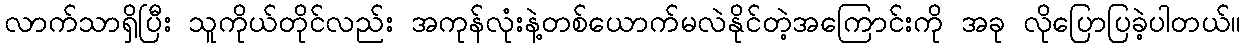
လာက်သာရှိပြီး သူကိုယ်တိုင်လည်း အကုန်လုံးနဲ့တစ်ယောက်မလဲနိုင်တဲ့အကြောင်းကို အခု လိုပြောပြခဲ့ပါတယ်။